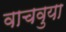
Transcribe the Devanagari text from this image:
वाचवुया